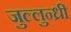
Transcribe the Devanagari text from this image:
जुल्लुन्ध्री